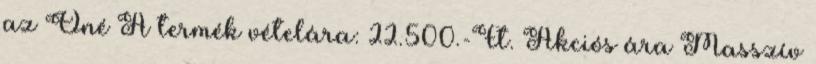
az Öné A termék vételára: 22.500.-Ft. Akciós ára Masszív